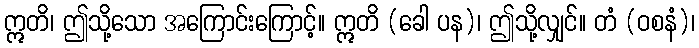
ဣတိ၊ ဤသို့သော အကြောင်းကြောင့်။ ဣတိ (ခေါ ပန)၊ ဤသို့လျှင်။ တံ (ဝစနံ)၊